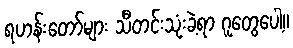
ရဟန်းတော်များ သီတင်းသုံးခဲ့ရာ ဂူတွေပေါ့။